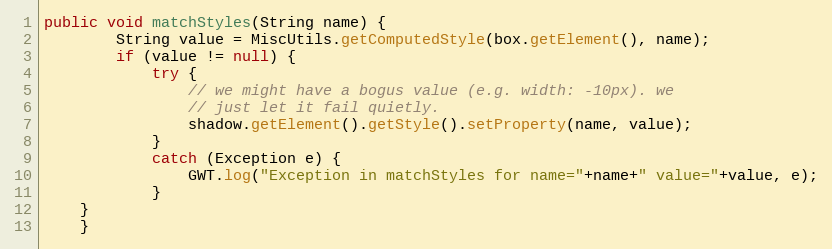
Language: Java
public void matchStyles(String name) {
        String value = MiscUtils.getComputedStyle(box.getElement(), name);
        if (value != null) {
            try {
                // we might have a bogus value (e.g. width: -10px). we
                // just let it fail quietly.
                shadow.getElement().getStyle().setProperty(name, value);
            }
            catch (Exception e) {
                GWT.log("Exception in matchStyles for name="+name+" value="+value, e);
            }
	}
    }